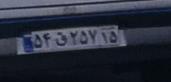
۵۴ق۲۵۷۱۵